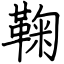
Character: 鞠